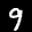
Label: 9